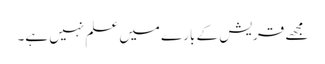
مجھے قریش کے بارے میں علم نہیں ہے۔